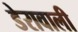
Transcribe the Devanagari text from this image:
डेरावाली